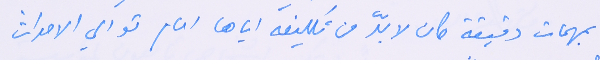
بمهمات دقيقة كان لا بدّ من تكليفه اياها امام توالي الاحداث